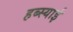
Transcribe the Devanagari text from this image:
हब्स्याई